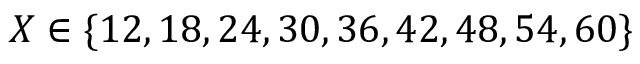
X \in \{ 1 2 , 1 8 , 2 4 , 3 0 , 3 6 , 4 2 , 4 8 , 5 4 , 6 0 \}